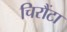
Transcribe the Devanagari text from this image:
चिरौंटा